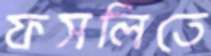
ফসলিতে